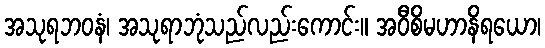
အသုရဘဝနံ၊ အသုရာဘုံသည်လည်းကောင်း။ အဝီစိမဟာနိရယော၊